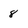
Character: 8